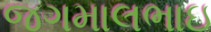
જગમાલભાઇ